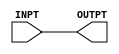
// NeoGeo logic definition
// Copyright (C) 2018 Sean Gonsalves
//
// This program is free software: you can redistribute it and/or modify
// it under the terms of the GNU General Public License as published by
// the Free Software Foundation, either version 3 of the License, or
// (at your option) any later version.
//
// This program is distributed in the hope that it will be useful,
// but WITHOUT ANY WARRANTY; without even the implied warranty of
// MERCHANTABILITY or FITNESS FOR A PARTICULAR PURPOSE.  See the
// GNU General Public License for more details.
//
// You should have received a copy of the GNU General Public License
// along with this program.  If not, see <https://www.gnu.org/licenses/>.

module BD3(
	input INPT,
	output OUTPT
);

	assign #5 OUTPT = INPT;

endmodule